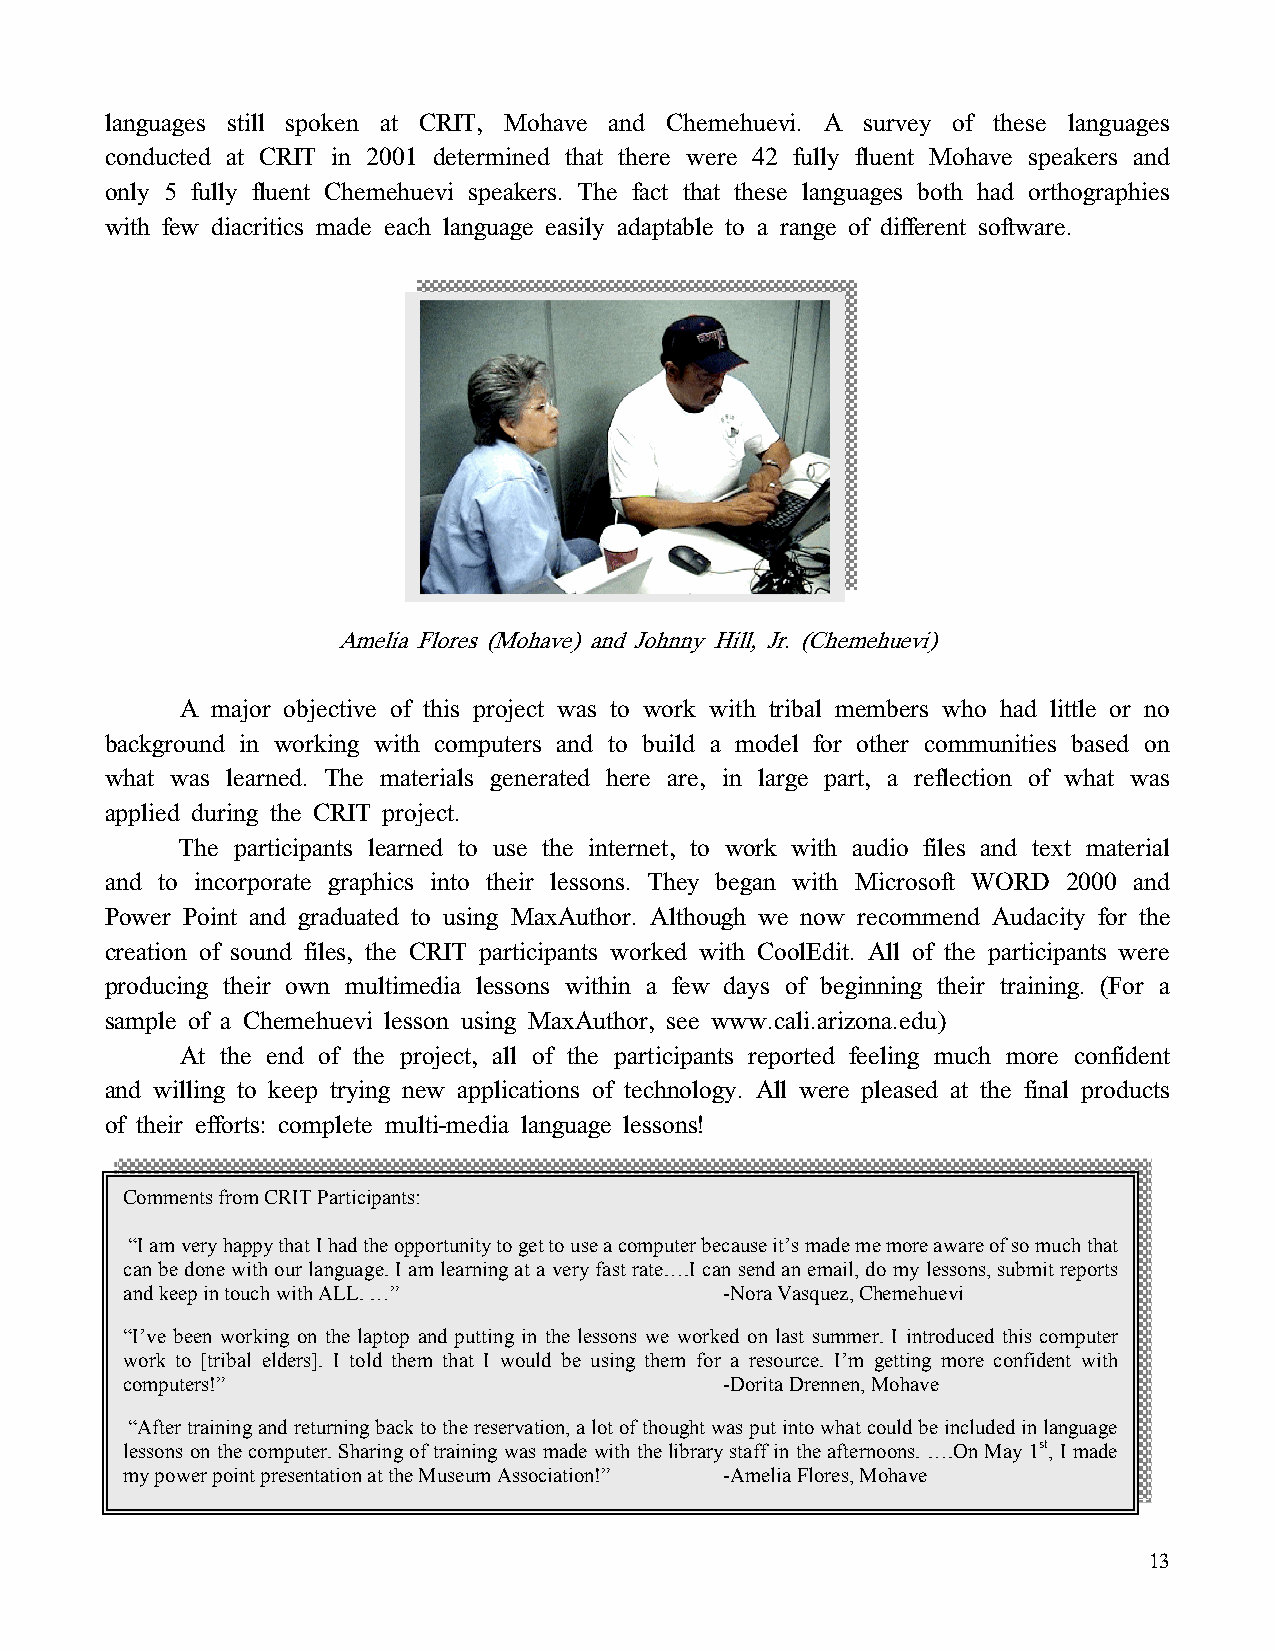
languages still spoken at CRIT, Mohave and Chemehuevi. A survey of these languages
 conducted at CRIT in 2001 determined that there were 42 fully fluent Mohave speakers and
 only 5 fully fluent Chemehuevi speakers. The fact that these languages both had orthographies
 with few diacritics made each language easily adaptable to a range of different software.
 Amelia Flores (Mohave) and Johnny Hill, Jr. (Chemehuevi)
 A major objective of this project was to work with tribal members who had little or no
 background in working with computers and to build a model for other communities based on
 what was learned. The materials generated here are, in large part, a reflection of what was
 applied during the CRIT project.
 The participants learned to use the internet, to work with audio files and text material
 and to incorporate graphics into their lessons. They began with Microsoft WORD 2000 and
 Power Point and graduated to using MaxAuthor. Although we now recommend Audacity for the
 creation of sound files, the CRIT participants worked with CoolEdit. All of the participants were
 producing their own multimedia lessons within a few days of beginning their training. (For a
 sample of a Chemehuevi lesson using MaxAuthor, see www.cali.arizona.edu)
 At the end of the project, all of the participants reported feeling much more confident
 and willing to keep trying new applications of technology. All were pleased at the final products
 of their efforts: complete multi-media language lessons!
 Comments from CRIT Participants:
 “I am very happy that I had the opportunity to get to use a computer because it’s made me more aware of so much that
 can be done with our language. I am learning at a very fast rate….I can send an email, do my lessons, submit reports
 and keep in touch with ALL. …”          -Nora Vasquez, Chemehuevi
 “I’ve been working on the laptop and putting in the lessons we worked on last summer. I introduced this computer
 work to [tribal elders]. I told them that I would be using them for a resource. I’m getting more confident with
 computers!”                             -Dorita Drennen, Mohave
 “After training and returning back to the reservation, a lot of thought was put into what could be included in language
 lessons on the computer. Sharing of training was made with the library staff in the afternoons. ….On May 1st, I made
 my power point presentation at the Museum Association!” -Amelia Flores, Mohave
 13